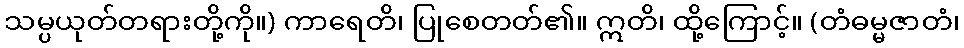
သမ္ပယုတ်တရားတို့ကို။) ကာရေတိ၊ ပြုစေတတ်၏။ ဣတိ၊ ထို့ကြောင့်။ (တံဓမ္မဇာတံ၊